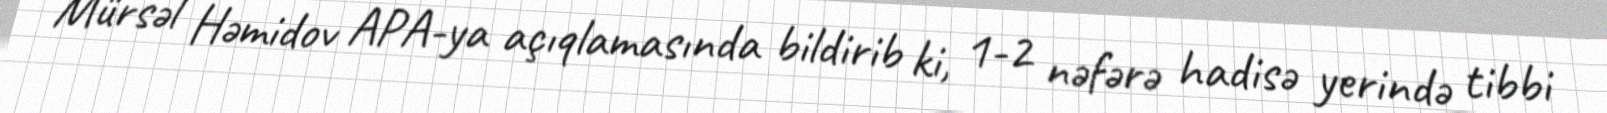
Mürsəl Həmidov APA-ya açıqlamasında bildirib ki, 1-2 nəfərə hadisə yerində tibbi